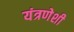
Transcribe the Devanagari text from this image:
यंत्रणेशी